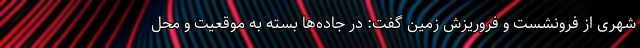
شهری از فرونشست و فروریزش زمین گفت:‌ در جاده‌ها بسته به موقعیت و محل